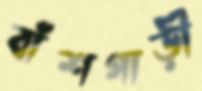
বাঁশগাড়ী